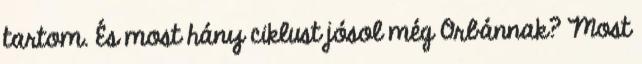
tartom. És most hány ciklust jósol még Orbánnak? Most